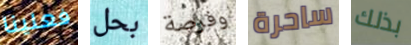
فعلينا بحل وفرصة ساحرة بذلك